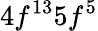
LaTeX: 4f^{13}5f^{5}